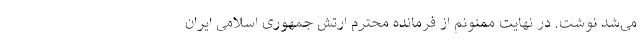
می‌شد نوشت. در نهایت ممنونم از فرمانده محترم ارتش جمهوری اسلامی ایران